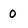
Character: 0